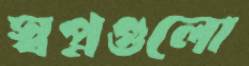
স্বপ্নগুলো